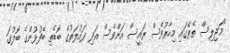
"މަޖިލިސް ތެރޭގައި މިހާރުވެސް ރައީސް އަށްވެސް އަދި ދައުލަތުގެ ބޮޑެތި ބޭފުޅުންގެ ބޮލުގަ